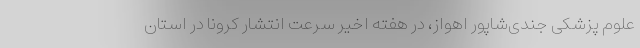
علوم پزشکی جندی‌شاپور اهواز، در هفته اخیر سرعت انتشار کرونا در استان